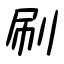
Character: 刷